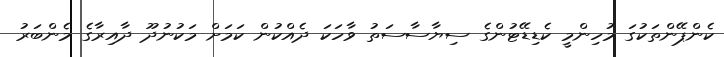
ކެންޕޭންތަކުގަ މުހިންމީ ކެޑިޑޭޓުންގެ ސިޔާސާސަތު ވާހަކަ ދެއްކުން ކަމަށް މަކުނުދޫ ދާއިރާގެ މެންބަރު